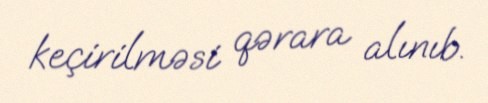
keçirilməsi qərara alınıb.